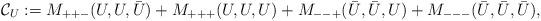
LaTeX: \begin{align*}\mathcal{C}_U := M_{++-}(U, U, \bar{U}) + M_{+++}(U,U,U) + M_{--+}(\bar{U}, \bar{U}, U) + M_{---}(\bar{U}, \bar{U}, \bar{U}) ,\end{align*}